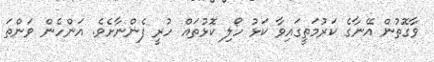
ވާގޮތުން އޭނާގެ ކަރުމަތީގައިވާ ކަޅު ހޯލި ކޮޅުތައް ހުރީ ފެންނާށެވެ. އަންހެން ވަންތަ